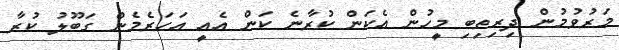
މަރުވުމުން ދިރިތިބި މީހުން އެކަން ކުރާނެ ކަން އެއީ އަހަރެމެން ގަބޫލު ކުރާ